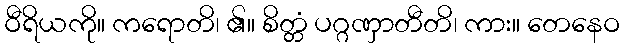
ဝီရိယကို။ ကရောတိ၊ ၏။ စိတ္တံ ပဂ္ဂဏှာတီတိ၊ ကား။ တေနေဝ